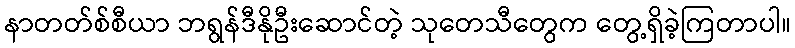
နာတတ်စ်စီယာ ဘရွန်ဒီနိုဦးဆောင်တဲ့ သုတေသီတွေက တွေ့ရှိခဲ့ကြတာပါ။